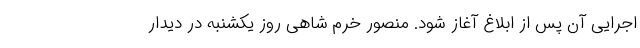
اجرایی آن پس از ابلاغ آغاز شود. منصور خرم شاهی روز یکشنبه در دیدار